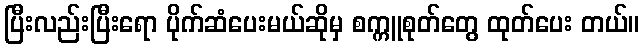
ပြီးလည်းပြီးရော ပိုက်ဆံပေးမယ်ဆိုမှ စက္ကူစုတ်တွေ ထုတ်ပေး တယ်။